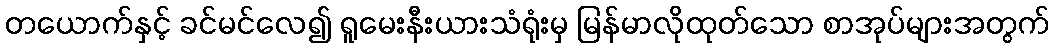
တယောက်နှင့် ခင်မင်လေ၍ ရူမေးနီးယားသံရုံးမှ မြန်မာလိုထုတ်သော စာအုပ်များအတွက်